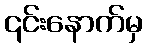
၎င်းနောက်မှ